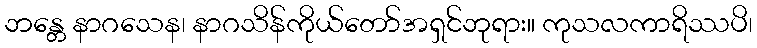
ဘန္တေ နာဂသေန၊ နာဂသိန်ကိုယ်တော်အရှင်ဘုရား။ ကုသလကာရိဿပိ၊